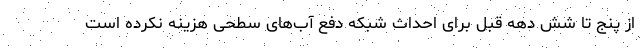
از پنج تا شش دهه قبل برای احداث شبکه دفع آب‌های سطحی هزینه نکرده است